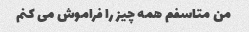
من متاسفم همه چیز را فراموش می کنم